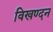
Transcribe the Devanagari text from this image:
विखण्दन